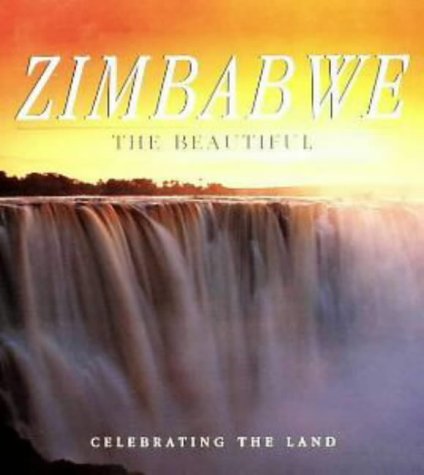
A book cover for Zimbabwe the Beautiful; Peter Joyce; Travel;